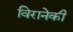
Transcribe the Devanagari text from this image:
विरानेकी